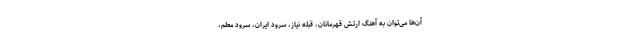
آن‌ها می‌توان به آهنگ ارتش قهرمانان، قبله نیاز، سرود ایران، سرود معلم،